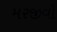
મરજીવો